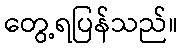
တွေ့ရပြန်သည်။